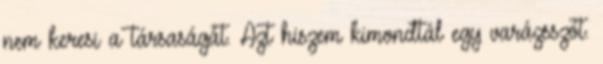
nem keresi a társaságát. Azt hiszem kimondtál egy varázsszót.